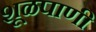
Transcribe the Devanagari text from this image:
शूळपाणी